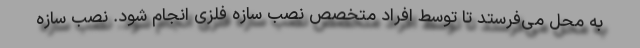
به محل می‌فرستد تا توسط افراد متخصص نصب سازه فلزی انجام شود. نصب سازه